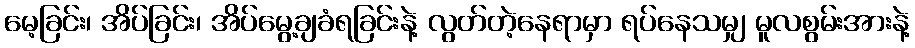
မေ့ခြင်း၊ အိပ်ခြင်း၊ အိပ်မွေ့ချခံရခြင်းနဲ့ လွတ်တဲ့နေရာမှာ ရပ်နေသမျှ မူလစွမ်းအားနဲ့